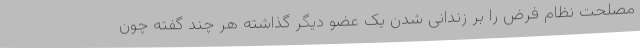
مصلحت نظام فرض را بر زندانی شدن یک عضو دیگر گذاشته هر چند گفته چون